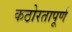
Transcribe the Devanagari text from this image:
कठोरतापूर्ण